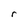
Character: r